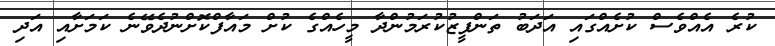
ކުރެ އެއްވެސް ކުށެއްގައި އަދަބު ތަންފީޒުކުރަމުންދާ މީހެއްގެ ކުށް މައާފްކޮށްނުދެވޭނެ ކަމަށާއި އަދި